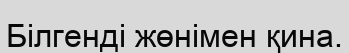
Білгенді жөнімен қина.